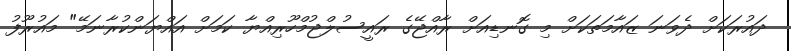
ދައުރަކަށް ދެވަނަ ޒައާމަތަކަށް މި ގޮނޑިއަށް ރާއްޖޭގެ ރައީސުލްޖުމްހޫރިއްޔާ ކަމަށް އައްޔަންކުރާނަމޭ" މައުރޫފު